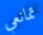
تمانعي